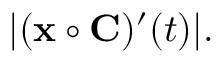
| ( \mathbf { x } \circ \mathbf { C } ) ^ { \prime } ( t ) | .